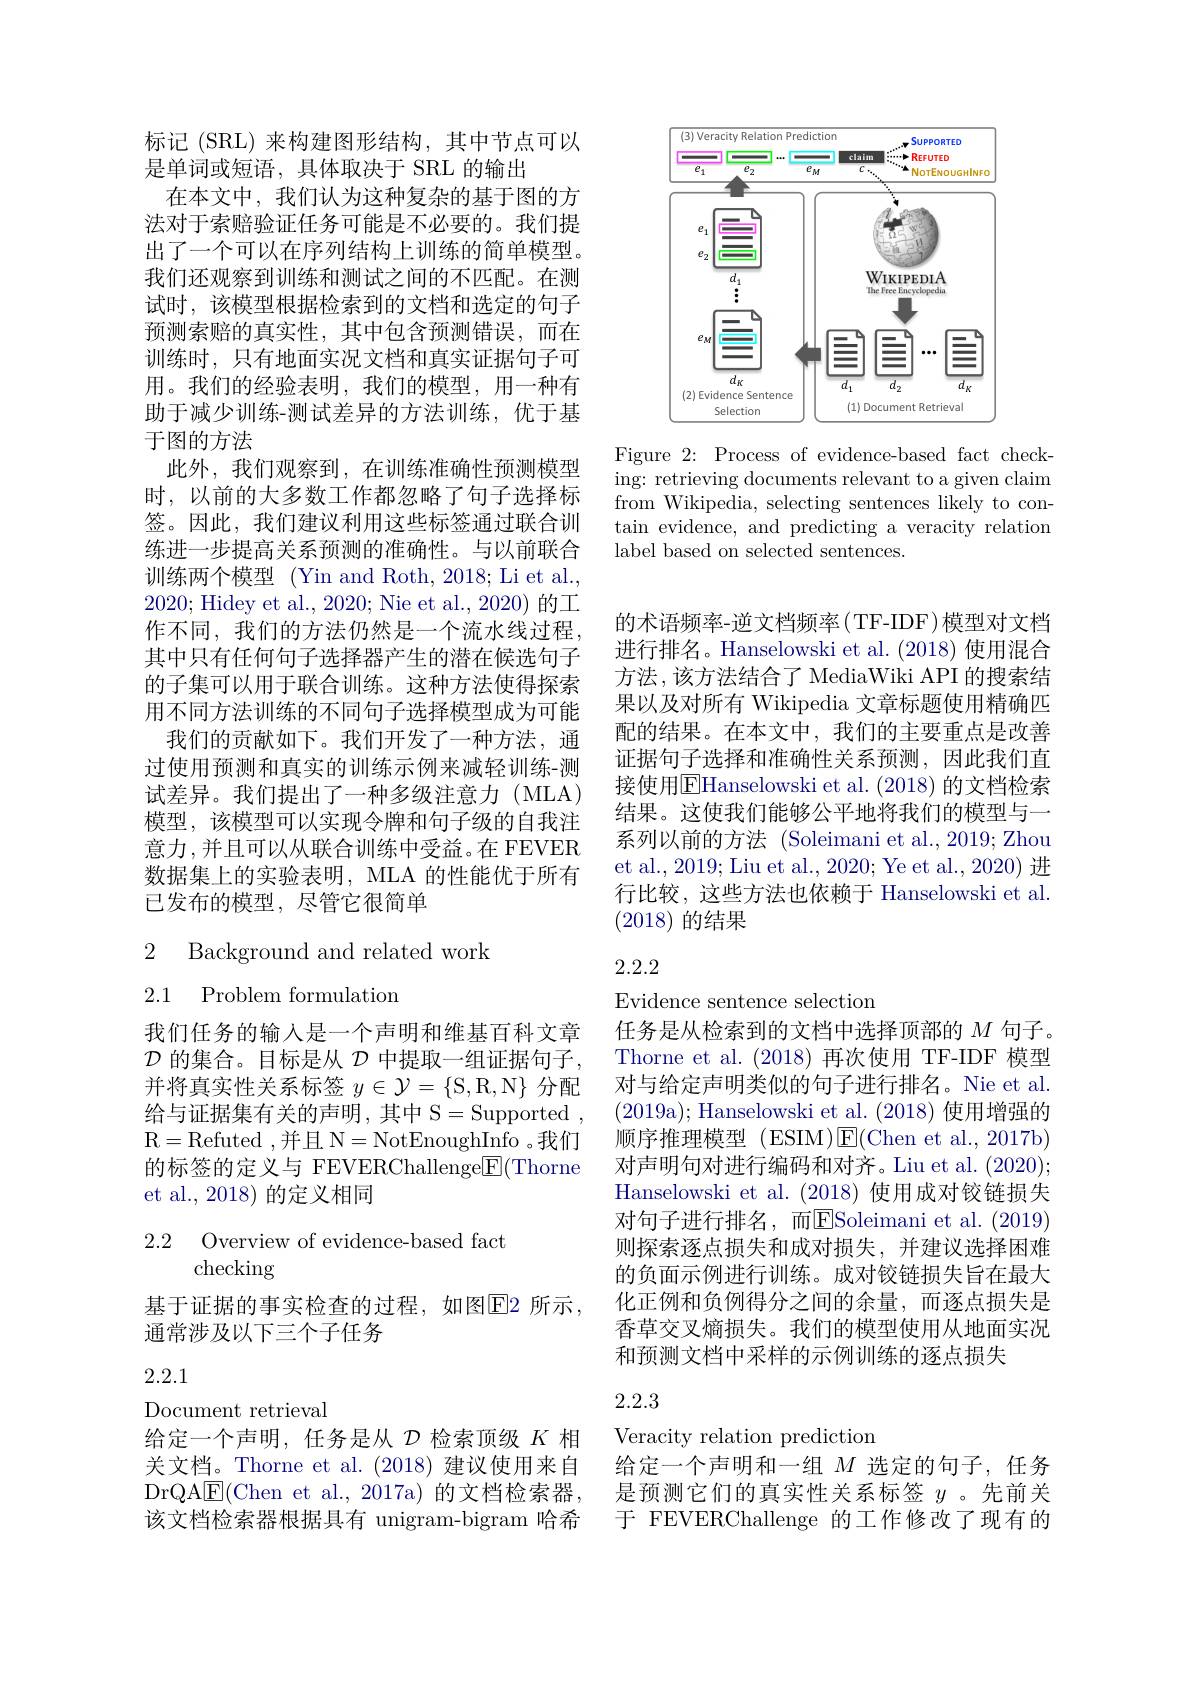
<FigureHere>

Figure 2: Process of evidence-based fact checking: retrieving documents relevant to a given claim from Wikipedia, selecting sentences likely to contain evidence, and predicting a veracity relation label based on selected sentences.

标记(SRL)来构建图形结构，其中节点可以
是单词或短语，具体取决于 SRL 的输出
在本文中，我们认为这种复杂的基于图的方法对于索赔验证任务可能是不必要的。我们提出了一个可以在序列结构上训练的简单模型。我们还观察到训练和测试之间的不匹配。在测试时，该模型根据检索到的文档和选定的句子预测索赔的真实性，其中包含预测错误，而在训练时，只有地面实况文档和真实证据句子可用。我们的经验表明，我们的模型，用一种有助于减少训练-测试差异的方法训练，优于基于图的方法
此外，我们观察到，在训练准确性预测模型时，以前的大多数工作都忽略了句子选择标签。因此，我们建议利用这些标签通过联合训练进一步提高关系预测的准确性。与以前联合训练两个模型 (Yin and Roth, 2018; Li et al. 2020; Hidey et al., 2020; Nie et al., 2020) 的工作不同，我们的方法仍然是一个流水线过程， 其中只有任何句子选择器产生的潜在候选句子的子集可以用于联合训练。这种方法使得探索用不同方法训练的不同句子选择模型成为可能
我们的贡献如下。我们开发了一种方法，通过使用预测和真实的训练示例来减轻训练-测试差异。我们提出了一种多级注意力 (MLA) 模型，该模型可以实现令牌和句子级的自我注意力，并且可以从联合训练中受益。在 FEVER 数据集上的实验表明，MLA 的性能优于所有已发布的模型，尽管它很简单

# 2 Background and related work 2.1 Problem formulation

我们任务的输入是一个声明和维基百科文章$\mathcal{D}$的集合。目标是从$\mathcal{D}$中提取一组证据句子并将真实性关系标签$y\in\mathcal{Y}=\{$S,R,N$\}$分配给与证据集有关的声明，其中 S=Supported, R= Refuted , 并 且 N= NotEnoughInfo 。我 们 的标签的定义与 FEVERChallenge$\underline{\mathrm{E}}($Thorne et al., 2018) 的定义相同

2.2 Overview of evidence-based fact
# checking

基于证据的事实检查的过程，如图$\overline{\mathrm{E}}$2 所示，
通常涉及以下三个子任务

2.2.1

Document retrieval
给定一个声明，任务是从$\mathcal{D}$检索顶级$K$相关文档。Thorne et al.(2018)建议使用来自DrQAE(Chen et al., 2017a)的文档检索器， 该文档检索器根据具有 unigram-bigram 哈希

的术语频率-逆文档频率(TF-IDF)模型对文档进行排名。Hanselowski et al.(2018) 使用混合方法，该方法结合了 MediaWiki API 的搜索结果以及对所有 Wikipedia 文章标题使用精确匹配的结果。在本文中，我们的主要重点是改善证据句子选择和准确性关系预测，因此我们直接使用$\boxed{\mathrm{E}}$Hanselowski et al. (2018) 的文档检索结果。这使我们能够公平地将我们的模型与一系列以前的方法 (Soleimani et al.,2019; Zhou et al., 2019; Liu et al., 2020; Ye et al., 2020) 进行比较，这些方法也依赖于 Hanselowski et al. (2018)的结果

# 2.2.2

Evidence sentence selection
任务是从检索到的文档中选择顶部的$M$句子。Thorne et al.(2018)再次使用 TF-IDF 模型对与给定声明类似的句子进行排名。Nie et al. (2019a);Hanselowski et al.(2018)使用增强的顺序推理模型 (ESIM)$\operatorname{E}($Chen et al.,2017b) 对声明句对进行编码和对齐。Liu et al. (2020); Hanselowski et al. (2018)使用成对铰链损失对句子进行排名，而ESoleimani et al.(2019) 则探索逐点损失和成对损失，并建议选择困难的负面示例进行训练。成对铰链损失旨在最大化正例和负例得分之间的余量，而逐点损失是香草交叉熵损失。我们的模型使用从地面实况和预测文档中采样的示例训练的逐点损失

# 2.2.3

Veracity relation prediction
给定一个声明和一组$M$选定的句子，任务是预测它们的真实性关系标签$y$ 。先前关于 FEVERChallenge 的工作修改了现有的